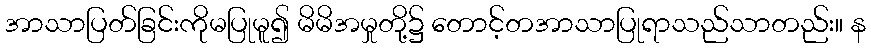
အာသာပြတ်ခြင်းကိုမပြုမူ၍ မိမိအမှုတို့၌ တောင့်တအာသာပြုရာသည်သာတည်း။ န